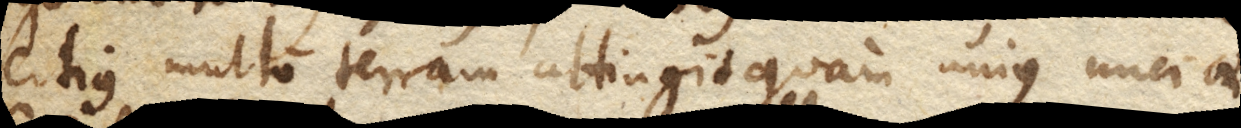
citius multo terram attingit quam unius unciae.